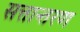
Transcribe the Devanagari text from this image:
सत्तान्तरण